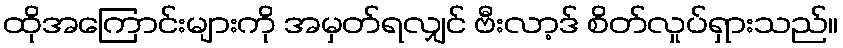
ထိုအကြောင်းများကို အမှတ်ရလျှင် ဗီးလာ့ဒ် စိတ်လှုပ်ရှားသည်။